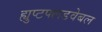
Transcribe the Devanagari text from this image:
ह्युप्टफ्लडवेबल